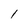
Character: 1